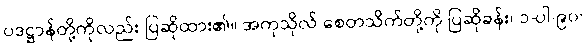
ပဒဋ္ဌာန်တို့ကိုလည်း ပြဆိုထား၏။ အကုသိုလ် စေတသိက်တို့ကို ပြဆိုခန်း၊ ၁-ပါ-၉၀၊